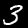
Label: 3